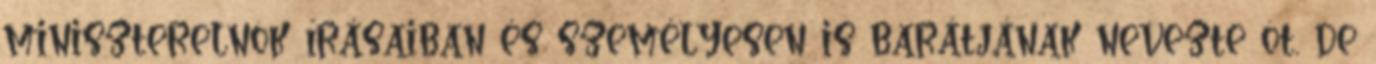
miniszterelnök írásaiban és személyesen is barátjának nevezte ôt, de